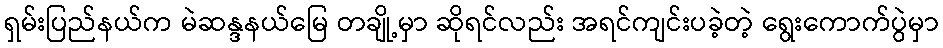
ရှမ်းပြည်နယ်က မဲဆန္ဒနယ်မြေ တချို့မှာ ဆိုရင်လည်း အရင်ကျင်းပခဲ့တဲ့ ရွေးကောက်ပွဲမှာ